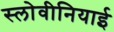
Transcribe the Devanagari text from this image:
स्लोवीनियाई